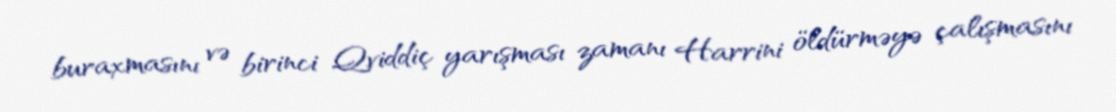
buraxmasını və birinci Qviddiç yarışması zamanı Harrini öldürməyə çalışmasını